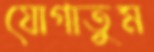
যোগাতুম